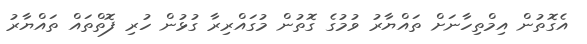
އެގޮތުން އިމްތިހާނަށް ތައްޔާރު ވުމުގެ ގޮތުން މުގައްރިރާ ގުޅުން ހުރި ފޮތްތައް ތައްޔާރު